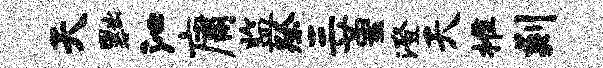
天黜沁庸监祭三堇澄天推剡